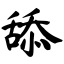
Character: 舔